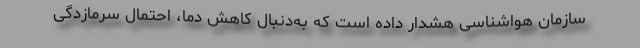
سازمان هواشناسی هشدار داده است که به‌دنبال کاهش دما، احتمال سرمازدگی